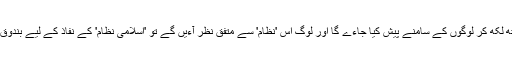
جب 'اسلامی نظام' کو تمام جزءیات کے ساتھ لکھ کر لوگوں کے سامنے پیش کیا جاءے گا اور لوگ اس 'نظام' سے متفق نظر آءیں گے تو 'اسلامی نظام' کے نفاذ کے لیے بندوق کا سہارا لینے کی ضرورت نہیں پڑے گی۔